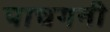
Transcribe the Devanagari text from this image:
पाचगनी